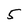
Character: 5